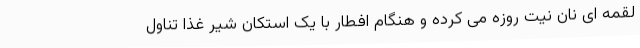
لقمه ای نان نیت روزه می کرده و هنگام افطار با یک استکان شیر غذا تناول